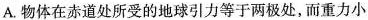
A.物体在赤道处所受的地球引力等于两极处，而重力小